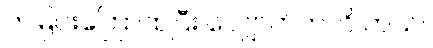
ကမြင်းကြောထပြီး လျှောက်ကလိ တယ်။